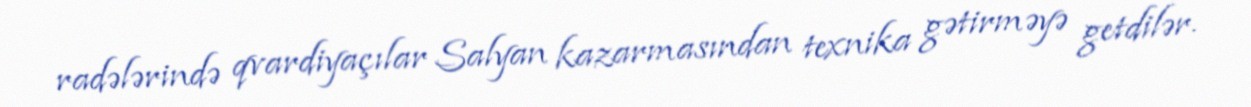
radələrində qvardiyaçılar Salyan kazarmasından texnika gətirməyə getdilər.